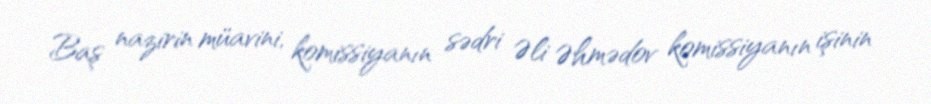
Baş nazirin müavini, komissiyanın sədri Əli Əhmədov komissiyanın işinin